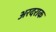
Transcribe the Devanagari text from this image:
अरदराक